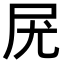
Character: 𡰽